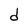
Character: d